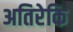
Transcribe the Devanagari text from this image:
अतिरेकि